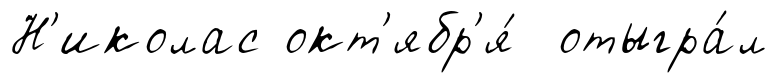
Н'иколас окт'ябр'я́ отыгра́л